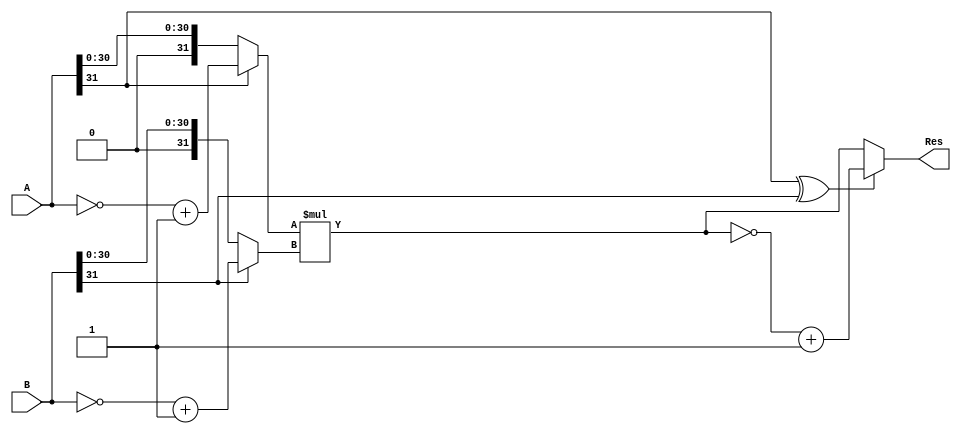
`timescale 1ns / 1ps
//////////////////////////////////////////////////////////////////////////////////
// Company: 
// Engineer: 
// 
// Design Name: 
// Module Name: multiplier_std
// Project Name: 
// Target Devices: 
// Tool Versions: 
// Description: 
// 
// Dependencies: 
// 
// Revision:
// Revision 0.01 - File Created
// Additional Comments:
// 
//////////////////////////////////////////////////////////////////////////////////


module multiplier_std(
    input   wire [31:0]     A,
    input   wire [31:0]     B,
    output  wire [63:0]     Res
    );
    wire        sign;
    wire [31:0] srcA, srcB;
    wire [63:0] Res_tmp;

    assign sign     = A[31] ^ B[31];

    assign srcA     = A[31] ? (~A + 1) : A;
    assign srcB     = B[31] ? (~B + 1) : B;

    assign Res_tmp  = srcA * srcB;

    assign Res      = sign ? (~Res_tmp + 1) : Res_tmp;
endmodule